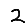
Digit: 2